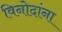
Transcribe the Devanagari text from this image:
विनोदांना